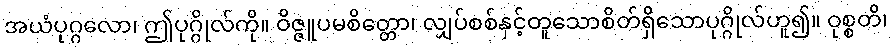
အယံပုဂ္ဂလော၊ ဤပုဂ္ဂိုလ်ကို။ ဝိဇ္ဇူပမစိတ္တော၊ လျှပ်စစ်နှင့်တူသောစိတ်ရှိသောပုဂ္ဂိုလ်ဟူ၍။ ဝုစ္စတိ၊